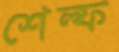
শেল্ফ